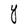
Character: Y